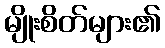
မျိုးစိတ်များ၏